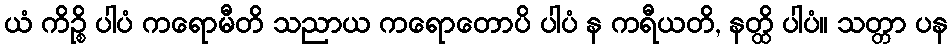
ယံ ကိဉ္စိ ပါပံ ကရောမီတိ သညာယ ကရောတောပိ ပါပံ န ကရီယတိ, နတ္ထိ ပါပံ။ သတ္တာ ပန